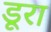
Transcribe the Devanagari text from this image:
डूरा